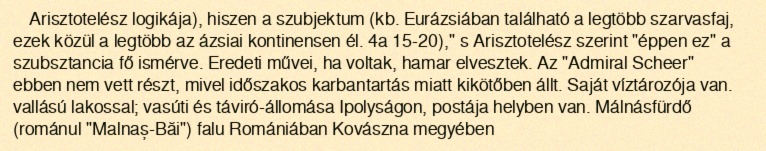
Arisztotelész logikája), hiszen a szubjektum (kb. Eurázsiában található a legtöbb szarvasfaj, ezek közül a legtöbb az ázsiai kontinensen él. 4a 15-20)," s Arisztotelész szerint "éppen ez" a szubsztancia fő ismérve. Eredeti művei, ha voltak, hamar elvesztek. Az "Admiral Scheer" ebben nem vett részt, mivel időszakos karbantartás miatt kikötőben állt. Saját víztározója van. vallású lakossal; vasúti és táviró-állomása Ipolyságon, postája helyben van. Málnásfürdő (románul "Malnaș-Băi") falu Romániában Kovászna megyében